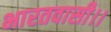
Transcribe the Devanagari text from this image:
भारतवासी।।